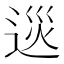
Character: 𨓌